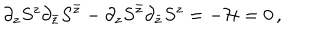
LaTeX: \partial _ { z } S ^ { z } \partial _ { \bar { z } } S ^ { \bar { z } } - \partial _ { z } S ^ { \bar { z } } \partial _ { \bar { z } } S ^ { z } = - { \cal H } = 0 \, ,